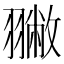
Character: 𦒐